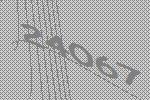
24067